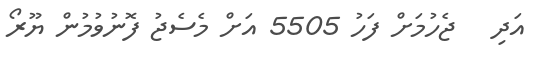
އަދި   ޖެހުމަށް ފަހު 5505 އަށް މެސެޖު ފޮނުވުމުން ޔޫރޯ